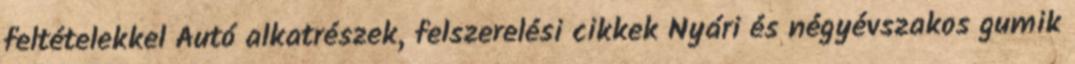
feltételekkel Autó alkatrészek, felszerelési cikkek Nyári és négyévszakos gumik